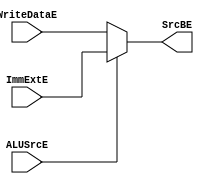
module mux2_alu #
(
   parameter WIDTH = 32
) (
   input [WIDTH-1:0]  WriteDataE,
   input [WIDTH-1:0]  ImmExtE,
   input              ALUSrcE,
   output [WIDTH-1:0] SrcBE
);
   assign SrcBE = ALUSrcE ?  ImmExtE:WriteDataE;

endmodule